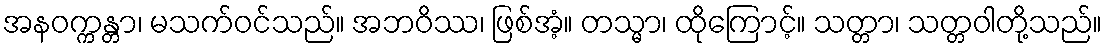
အနဝက္ကန္တာ၊ မသက်ဝင်သည်။ အဘဝိဿ၊ ဖြစ်အံ့။ တသ္မာ၊ ထိုကြောင့်။ သတ္တာ၊ သတ္တဝါတို့သည်။